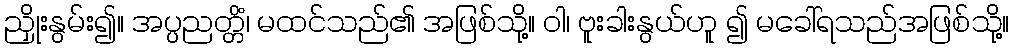
ညှိုးနွမ်း၍။ အပ္ပညတ္တိံ၊ မထင်သည်၏ အဖြစ်သို့။ ဝါ၊ ဗူးခါးနွယ်ဟူ ၍ မခေါ်ရသည်အဖြစ်သို့။